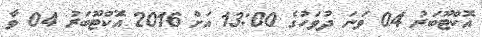
އޮކްޓޫބަރު 04 ވަނަ ދުވަހުގެ 13:00 އަށް 2016 އޮކްޓޫބަރު 04 ވާ